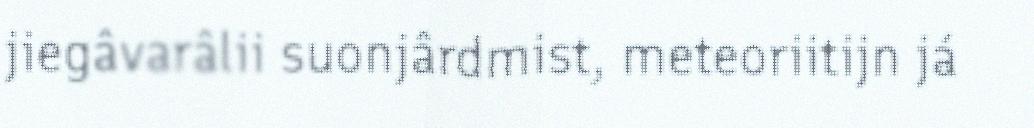
jiegâvarâlii suonjârdmist, meteoriitijn já